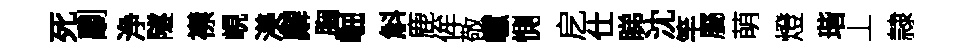
死劘浄隧襟峴渼廨胸崛斛鹿侔敬巘惻戹仕睇沈竿屬萌燈瑎丄隷